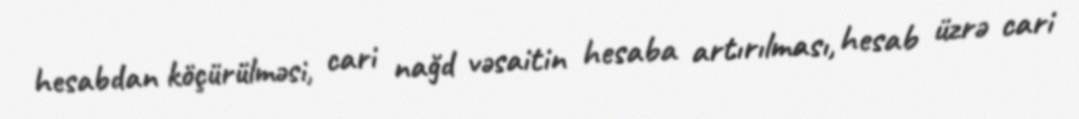
hesabdan köçürülməsi, cari nağd vəsaitin hesaba artırılması, hesab üzrə cari